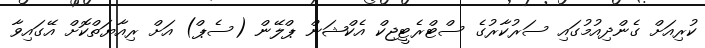
ކުރިއަށް ގެންދިއުމުގައި ސަރުކާރުގެ ސްޓްރެޓީޖިކް އެކްޝަން ޕްލޭން (ސެޕް) އަށް ރިއާޔަތްކޮށް އޭގައިވާ